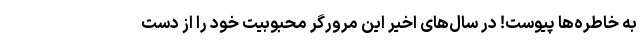
به خاطره‌ها پیوست! در سال‌های اخیر این مرورگر محبوبیت خود را از دست